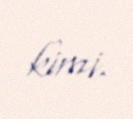
kimi.